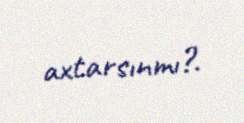
axtarsınmı?.